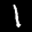
Label: 1